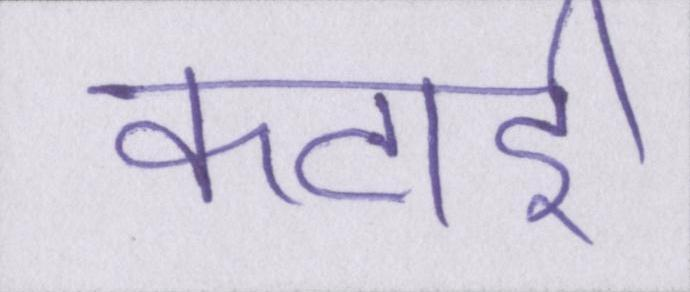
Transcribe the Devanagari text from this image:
कटाई